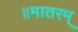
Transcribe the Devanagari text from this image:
॥मातरम्